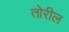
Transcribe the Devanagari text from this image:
तोरील